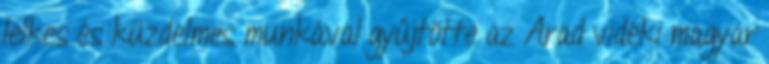
lelkes és küzdelmes munkával gyûjtötte az Arad vidéki magyar